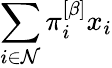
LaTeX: \sum_{i\in\mathcal{N}}\pi_{i}^{\left[\beta\right]}x_{i}